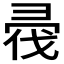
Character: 𢑟